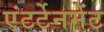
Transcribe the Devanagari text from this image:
एंटर्टेनमेंट